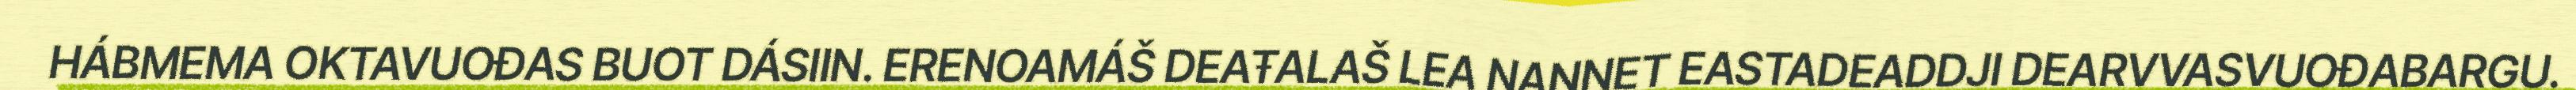
HÁBMEMA OKTAVUOĐAS BUOT DÁSIIN. ERENOAMÁŠ DEAŦALAŠ LEA NANNET EASTADEADDJI DEARVVASVUOĐABARGU.